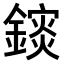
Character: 𨬄